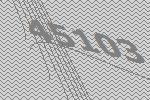
45103